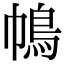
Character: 𢄦